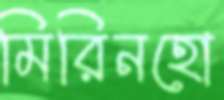
মিরিনহো